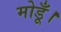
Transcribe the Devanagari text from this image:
मोडूँ।